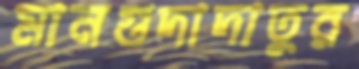
মানগুদাদাতুর